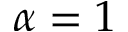
\alpha = 1